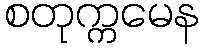
စတုက္ကမေန